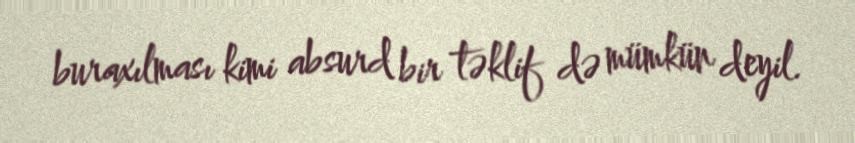
buraxılması kimi absurd bir təklif də mümkün deyil.